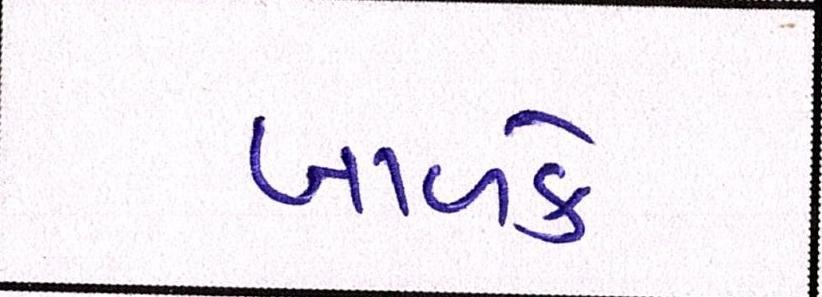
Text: બાળકે